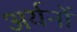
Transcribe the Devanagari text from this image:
अर्यनों